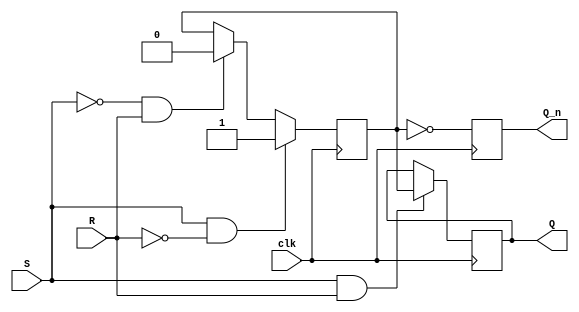
module Gated_SR_FF(input clk, input S, input R, output reg Q, output reg Q_n);

reg Q_int;

always @(posedge clk) begin
    if (S && !R)
        Q_int <= 1;
    else if (!S && R)
        Q_int <= 0;
end

always @(posedge clk) begin
    if (S && R)
        Q <= Q_int;
end

always @(posedge clk) begin
    Q_n <= ~Q_int;
end

endmodule